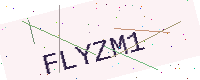
Text: FLYZM1